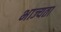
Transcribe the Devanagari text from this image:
भाज्यता